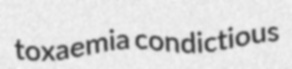
toxaemia condictious